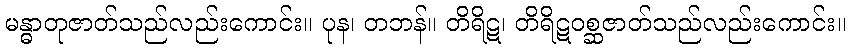
မန္ဓာတုဇာတ်သည်လည်းကောင်း။ ပုန၊ တဘန်။ တိရိဋ၊ တိရိဋဝစ္ဆဇာတ်သည်လည်းကောင်း။